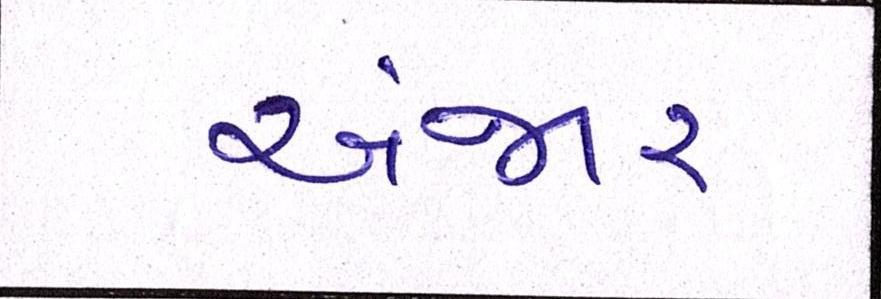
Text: અંજાર